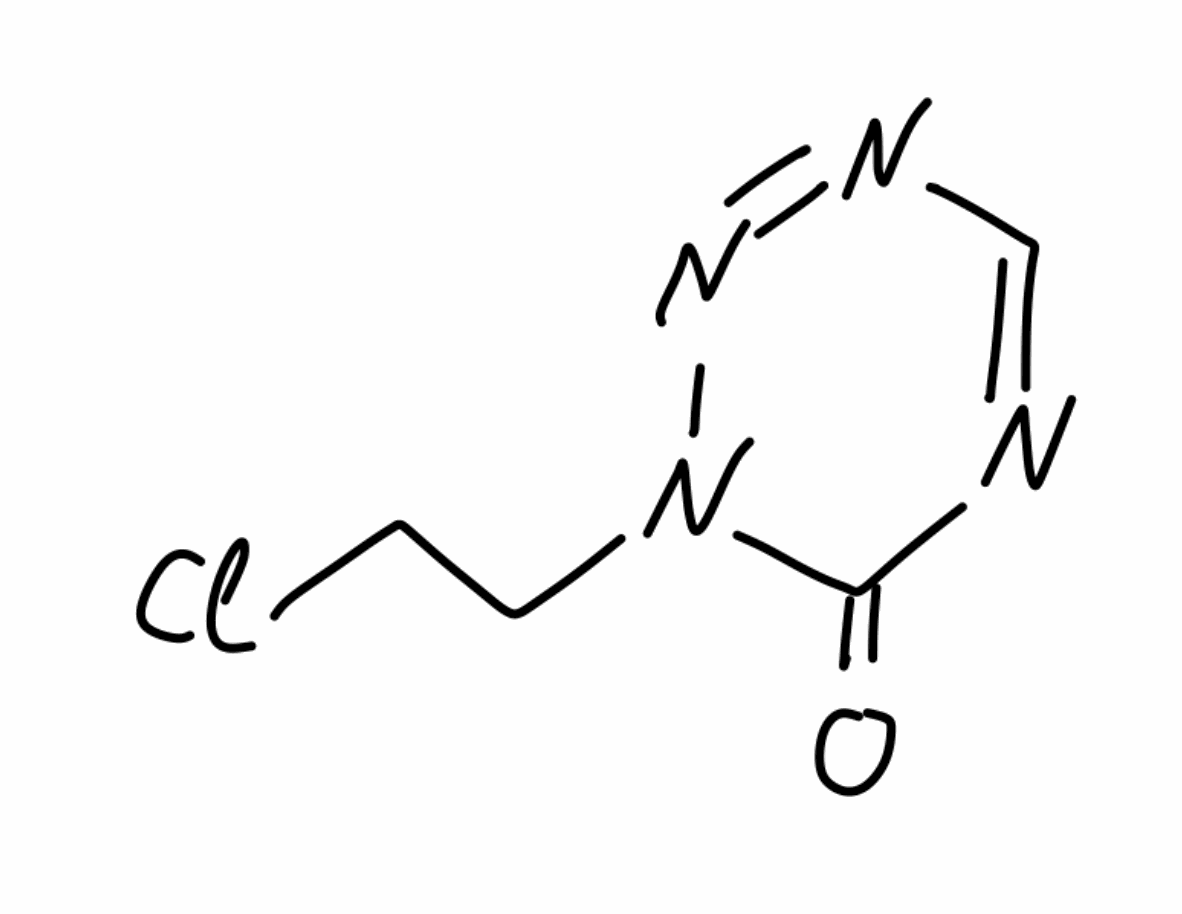
Simplified molecular-input line-entry system (SMILES) notation of the given molecule:
C1=NC(=O)N(N=N1)CCCl